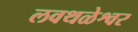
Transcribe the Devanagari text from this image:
लवथळेश्वर